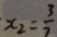
x _ { 2 } = \frac { 3 } { 7 }